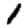
Digit: 1